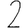
Digit: 2